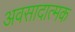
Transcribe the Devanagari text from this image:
अवसादात्मक